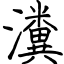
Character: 瀵